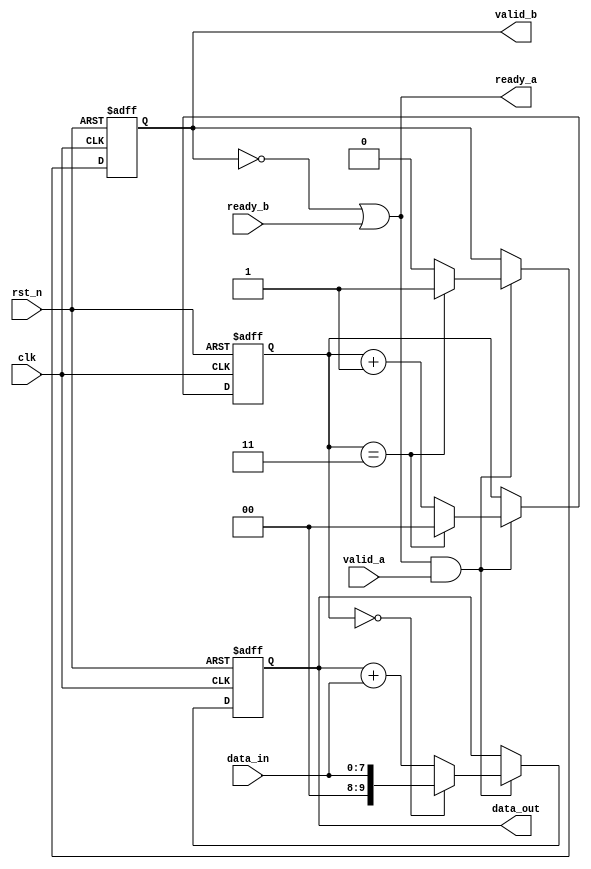
// ======================================================================
// Affiliation:			Tsinghua Univ
// Module Name:			valid_ready
// Description:			data accumulation
// Additional Comments:	VL31 on nowcoder
// ======================================================================

`timescale 1ns/1ns

module valid_ready (
	input	wire				rst_n,
	input	wire				clk,
	input	wire	[7: 0]		data_in,
	input	wire				valid_a,
	input	wire				ready_b,
	output	wire				ready_a,
	output	wire				valid_b,
	output	wire	[9: 0]		data_out
);

reg					valid_b_reg;
reg		[9: 0]		data_out_reg;
reg		[1: 0]		cnt;

assign	ready_a   =  (~valid_b) | ready_b;
assign	valid_b   =  valid_b_reg;
assign	data_out  =  data_out_reg;

always @(posedge clk or negedge rst_n) begin
	if (~rst_n) begin
		valid_b_reg <= 1'b0;
		data_out_reg <= 10'd0;
		cnt <= 2'd0;
	end
	else begin
		if (ready_a & valid_a) begin
			cnt <= cnt + 2'd1;
			if (cnt == 2'd0) begin
				data_out_reg <= data_in;
			end
			else begin
				data_out_reg <= data_out_reg + data_in;
			end
			if (cnt == 2'd3) begin
				cnt <= 2'd0;
				valid_b_reg <= 1'b1;
			end
			else begin
				valid_b_reg <= 1'b0;
			end
		end
	end
end

endmodule